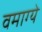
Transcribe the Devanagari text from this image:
वमाग्ये